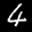
Label: 4